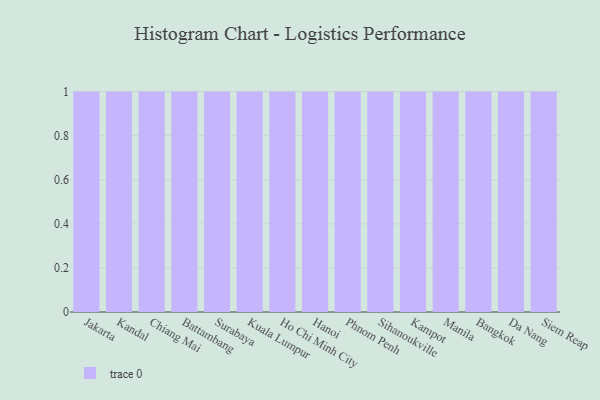
{"axis": {"x": "City", "y": "Gross Profit (USD K)"}, "legend": [""], "data": [{"x": "Jakarta", "y": 29, "type": ""}, {"x": "Kandal", "y": 19, "type": ""}, {"x": "Chiang Mai", "y": 8, "type": ""}, {"x": "Battambang", "y": 79, "type": ""}, {"x": "Surabaya", "y": 100, "type": ""}, {"x": "Kuala Lumpur", "y": 4, "type": ""}, {"x": "Ho Chi Minh City", "y": 29, "type": ""}, {"x": "Hanoi", "y": 18, "type": ""}, {"x": "Phnom Penh", "y": 65, "type": ""}, {"x": "Sihanoukville", "y": 60, "type": ""}, {"x": "Kampot", "y": 39, "type": ""}, {"x": "Manila", "y": 31, "type": ""}, {"x": "Bangkok", "y": 17, "type": ""}, {"x": "Da Nang", "y": 92, "type": ""}, {"x": "Siem Reap", "y": 80, "type": ""}]}